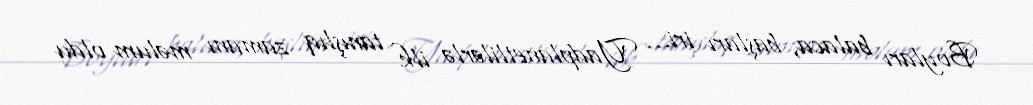
Boyları balaca, başları iri... Yadplanetlilərlə ilk tanışlıq zamanı məlum oldu